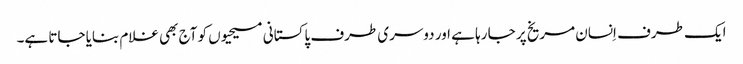
ایک طرف اِنسان مریخ پر جا رہا ہے اور دوسری طرف پاکستانی مسیحیوں کو آج بھی غلام بنایا جاتا ہے۔